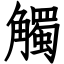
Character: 觸